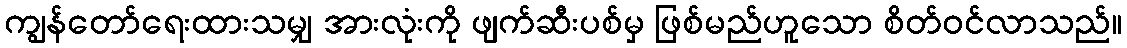
ကျွန်တော်ရေးထားသမျှ အားလုံးကို ဖျက်ဆီးပစ်မှ ဖြစ်မည်ဟူသော စိတ်ဝင်လာသည်။